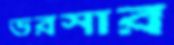
ভরসার